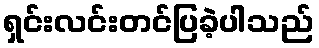
ရှင်းလင်းတင်ပြခဲ့ပါသည်